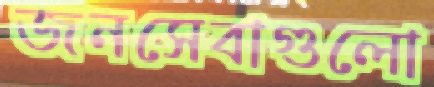
জনসেবাগুলো